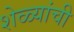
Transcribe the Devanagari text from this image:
शेळ्यांची